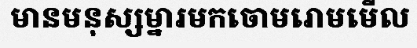
មានមនុស្សម្នារមកចោមរោមមើល